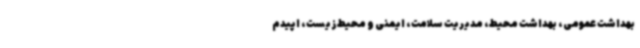
بهداشت عمومی، بهداشت محیط، مدیریت سلامت، ایمنی و محیط‌زیست، اپیدم